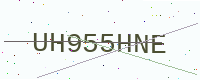
Text: UH955HNE